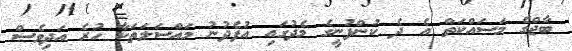
ބާޖްގެ މަސައްކަތް އެ ދެ ކުންފުނީގެ މެދުގައި އުފެދުނު މައްސަލަތަކާ ހުރެ އަދިވެސް